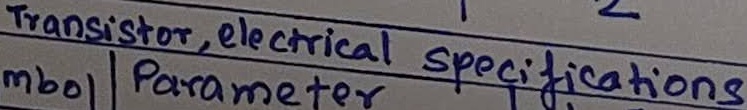
Text: Transistor, electrical specifications